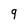
Character: 9